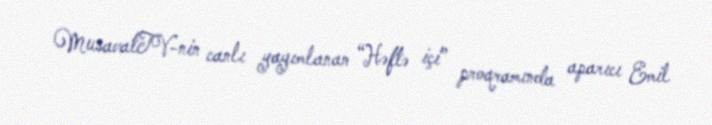
MusavatTV-nin canlı yayımlanan “Həftə içi” proqramında aparıcı Emil